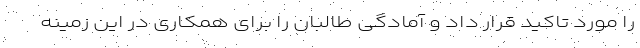
را مورد تاکید قرار داد و آمادگی طالبان را برای همکاری در این زمینه